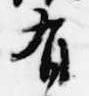
有